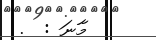
މާނަ :  .